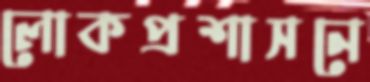
লোকপ্রশাসনে